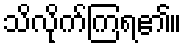
သိလိုက်ကြရ၏။